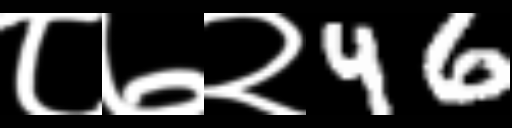
Text: ८७२46